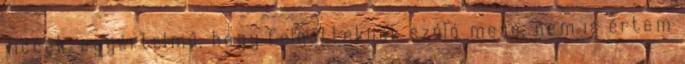
viccek. egyértelmű, hogy felnőtteknek szóló mese, nem is értem